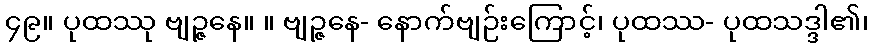
၄၉။ ပုထဿု ဗျဉ္ဇနေ။ ။ ဗျဉ္ဇနေ- နောက်ဗျဉ်းကြောင့်၊ ပုထဿ- ပုထသဒ္ဒါ၏၊